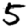
Digit: 5